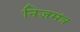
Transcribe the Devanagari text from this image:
निजमंत्र